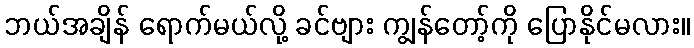
ဘယ်အချိန် ရောက်မယ်လို့ ခင်ဗျား ကျွန်တော့်ကို ပြောနိုင်မလား။